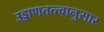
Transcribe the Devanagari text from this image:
उड्डाणतत्त्वानुसार